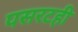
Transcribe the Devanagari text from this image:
पसरटही